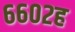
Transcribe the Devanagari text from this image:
६६०२ह